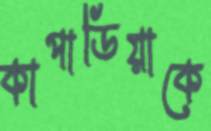
কাপাডিয়াকে